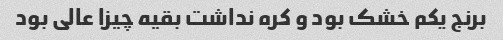
برنج یکم خشک بود و کره نداشت بقیه چیزا عالی بود